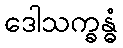
ဒေါသက္ခန္ဓံ